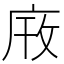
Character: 𫷫